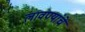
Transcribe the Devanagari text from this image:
लावण्यांचे